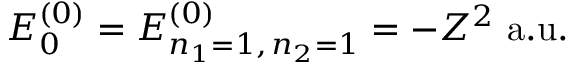
E _ { 0 } ^ { ( 0 ) } = E _ { n _ { 1 } = 1 , \, n _ { 2 } = 1 } ^ { ( 0 ) } = - Z ^ { 2 } { \mathrm { ~ a . u . } }